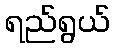
ရည်ရွယ်